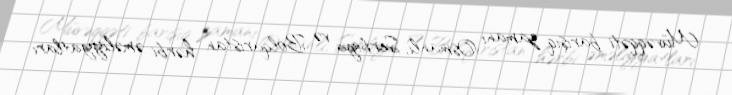
Müvəqqəti barışıq zamanı Osmanlı, Serbiya və Bolqarıstan hərbi əməliyyatları